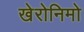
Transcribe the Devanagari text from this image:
खेरोनिमो